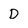
Character: D